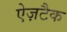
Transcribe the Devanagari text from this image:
ऐज़टैक